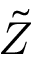
\tilde { Z }